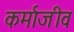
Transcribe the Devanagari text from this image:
कर्माजीव